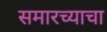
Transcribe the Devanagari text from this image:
समारच्याचा